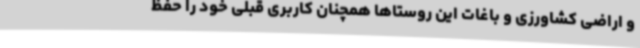
و اراضی کشاورزی و باغات این روستاها همچنان کاربری قبلی خود را حفظ